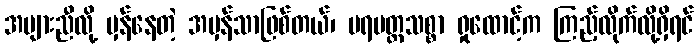
အများညီလို့ မှန်နေတဲ့ အမှန်သာဖြစ်တယ်၊ ပရမတ္ထသစ္စာ ရှုထောင့်က ကြည့်လိုက်လို့ရှိရင်